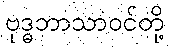
ဗုဒ္ဓဘာသာဝင်တို့